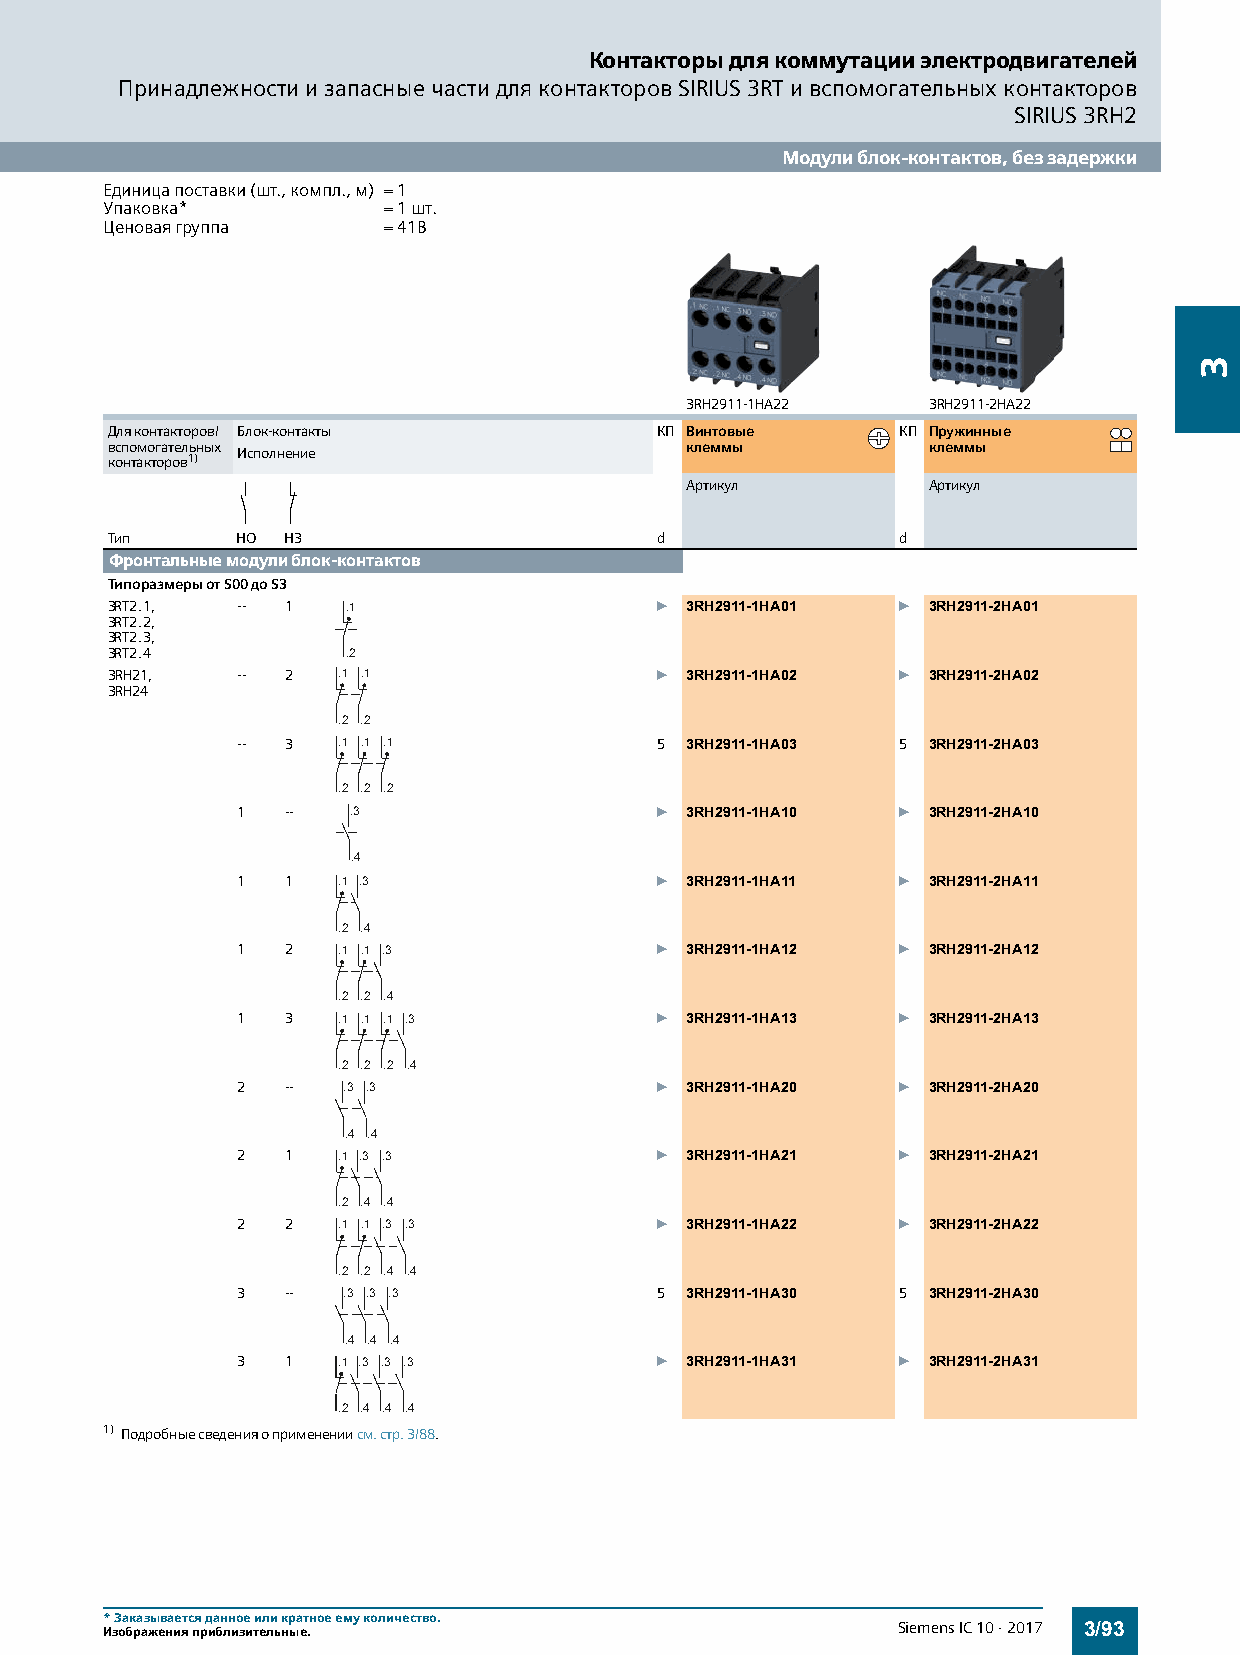
Контакторы для коммутации электродвигателей
 Принадлежности и запасные части для контакторов SIRIUS 3RT и вспомогательных контакторов
 SIRIUS 3RH2
 Модули блок-контактов, без задержки
 Единица поставки (шт., компл., м) = 1
 Упаковка*         = 1 шт.
 Ценовая группа    = 41B
 3RH2911-1HA22   3RH2911-2HA22
 Для контакторов/ Блок-контакты      КП Винтовые      КП Пружинные
 вспомогательных                       клеммы          клеммы
 контакторов1) Исполнение
 Артикул         Артикул
 Тип      НО НЗ                      d                d
 Фронтальные модули блок-контактов
 Типоразмеры от S00 до S3
 3RT2.1,  -- 1   .1                  } 3RH2911-1HA01 } 3RH2911-2HA01
 3RT2.2,
 3RT2.3,
 3RT2.4          .2
 3RH21,   -- 2  .1 .1                } 3RH2911-1HA02 } 3RH2911-2HA02
 3RH24
 .2 .2
 -- 3  .1 .1 .1             5 3RH2911-1HA03 5 3RH2911-2HA03
 .2 .2 .2
 1  --  .3                  } 3RH2911-1HA10 } 3RH2911-2HA10
 .4
 1  1  .1 .3                } 3RH2911-1HA11 } 3RH2911-2HA11
 .2 .4
 1  2  .1 .1 .3             } 3RH2911-1HA12 } 3RH2911-2HA12
 .2 .2 .4
 1  3  .1 .1 .1 .3          } 3RH2911-1HA13 } 3RH2911-2HA13
 .2 .2 .2 .4
 2  --  .3 .3               } 3RH2911-1HA20 } 3RH2911-2HA20
 .4 .4
 2  1  .1 .3 .3             } 3RH2911-1HA21 } 3RH2911-2HA21
 .2 .4 .4
 2  2  .1 .1 .3 .3          } 3RH2911-1HA22 } 3RH2911-2HA22
 .2 .2 .4 .4
 3  --  .3 .3 .3            5 3RH2911-1HA30 5 3RH2911-2HA30
 .4 .4 .4
 3  1  .1 .3 .3 .3          } 3RH2911-1HA31 } 3RH2911-2HA31
 .2 .4 .4 .4
 1) Подробные сведения о применении см. стр.3/88.
 *Заказывается данное или кратное ему количество.
 Изображения приблизительные.                        Siemens IC 10 · 2017 3/93
 3